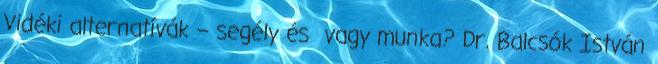
Vidéki alternatívák – segély és vagy munka? Dr. Balcsók István